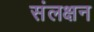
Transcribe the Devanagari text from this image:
संलक्षन